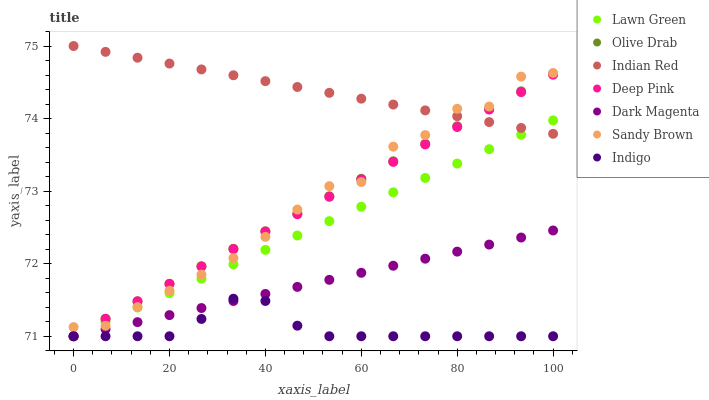
| xaxis_label | Lawn Green | Olive Drab | Indian Red | Deep Pink | Dark Magenta | Sandy Brown | Indigo |
 | --- | --- | --- | --- | --- | --- | --- | --- |
 | 0 | 71 | 71 | 75 | 71 | 71 | 71.1 | 71 |
 | 6.67 | 71.2 | 71.2 | 74.9 | 71.2 | 71.1 | 71.1 | 71 |
 | 13.3 | 71.4 | 71.5 | 74.8 | 71.5 | 71.2 | 71.4 | 71 |
 | 20 | 71.6 | 71.7 | 74.8 | 71.7 | 71.3 | 71.6 | 71 |
 | 26.7 | 71.8 | 72 | 74.7 | 72 | 71.4 | 71.8 | 71.2 |
 | 33.3 | 72 | 72.2 | 74.6 | 72.2 | 71.5 | 72.1 | 71.5 |
 | 40 | 72.2 | 72.4 | 74.5 | 72.4 | 71.6 | 72.4 | 71.5 |
 | 46.7 | 72.4 | 72.7 | 74.4 | 72.7 | 71.7 | 72.7 | 71.1 |
 | 53.3 | 72.6 | 72.9 | 74.4 | 72.9 | 71.8 | 73.1 | 71 |
 | 60 | 72.8 | 73.2 | 74.3 | 73.2 | 71.9 | 73.1 | 71 |
 | 66.7 | 73 | 73.4 | 74.2 | 73.4 | 72 | 73.6 | 71 |
 | 73.3 | 73.2 | 73.7 | 74.1 | 73.6 | 72.1 | 73.8 | 71 |
 | 80 | 73.4 | 73.9 | 74 | 73.9 | 72.2 | 74.1 | 71 |
 | 86.7 | 73.6 | 74.1 | 74 | 74.1 | 72.3 | 74.2 | 71 |
 | 93.3 | 73.8 | 74.4 | 73.9 | 74.4 | 72.4 | 74.6 | 71 |
 | 100 | 74 | 74.6 | 73.8 | 74.6 | 72.5 | 74.6 | 71 |